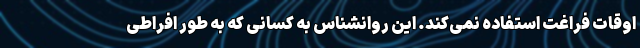
اوقات فراغت استفاده نمی‌کند. این روانشناس به کسانی که به طور افراطی